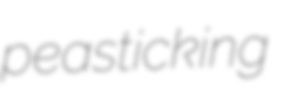
peasticking